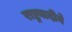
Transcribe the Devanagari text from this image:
राष्ट्रवादीने